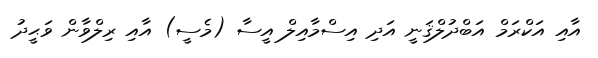
އާއި އަކްރަމް އަބްދުލްޤަނީ އަދި އިސްމާއިލް އީސާ (މެސީ) އާއި ރިލްވާން ވަޙީދު